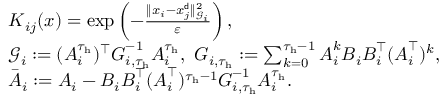
\begin{array} { r l } & { { \boldsymbol K } _ { i j } ( x ) = \exp \left( - \frac { \| x _ { i } - x _ { j } ^ { \sf d } \| _ { { \mathcal G } _ { i } } ^ { 2 } } { \varepsilon } \right) , } \\ & { { \mathcal G } _ { i } : = ( { \boldsymbol A } _ { i } ^ { \tau _ { \mathrm { h } } } ) ^ { \top } { \boldsymbol G } _ { i , \tau _ { \mathrm { h } } } ^ { - 1 } { \boldsymbol A } _ { i } ^ { \tau _ { \mathrm { h } } } , \ { \boldsymbol G } _ { i , \tau _ { \mathrm { h } } } : = \sum _ { k = 0 } ^ { \tau _ { \mathrm { h } } - 1 } { \boldsymbol A } _ { i } ^ { k } { \boldsymbol B } _ { i } { \boldsymbol B } _ { i } ^ { \top } ( { \boldsymbol A } _ { i } ^ { \top } ) ^ { k } , } \\ & { \bar { { \boldsymbol A } } _ { i } : = { \boldsymbol A } _ { i } - { \boldsymbol B } _ { i } { \boldsymbol B } _ { i } ^ { \top } ( { \boldsymbol A } _ { i } ^ { \top } ) ^ { \tau _ { \mathrm { h } } - 1 } { \boldsymbol G } _ { i , \tau _ { \mathrm { h } } } ^ { - 1 } { \boldsymbol A } _ { i } ^ { \tau _ { \mathrm { h } } } . } \end{array}